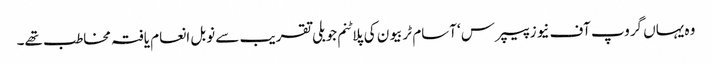
وہ یہاں گروپ آف نیوز پیپرس ‘آسام ٹربیو ن کی پلاٹنم جوبلی تقریب سے نوبل انعام یافتہ مخاطب تھے۔